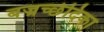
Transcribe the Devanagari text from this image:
बज्रच्छेदिका